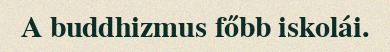
A buddhizmus főbb iskolái.